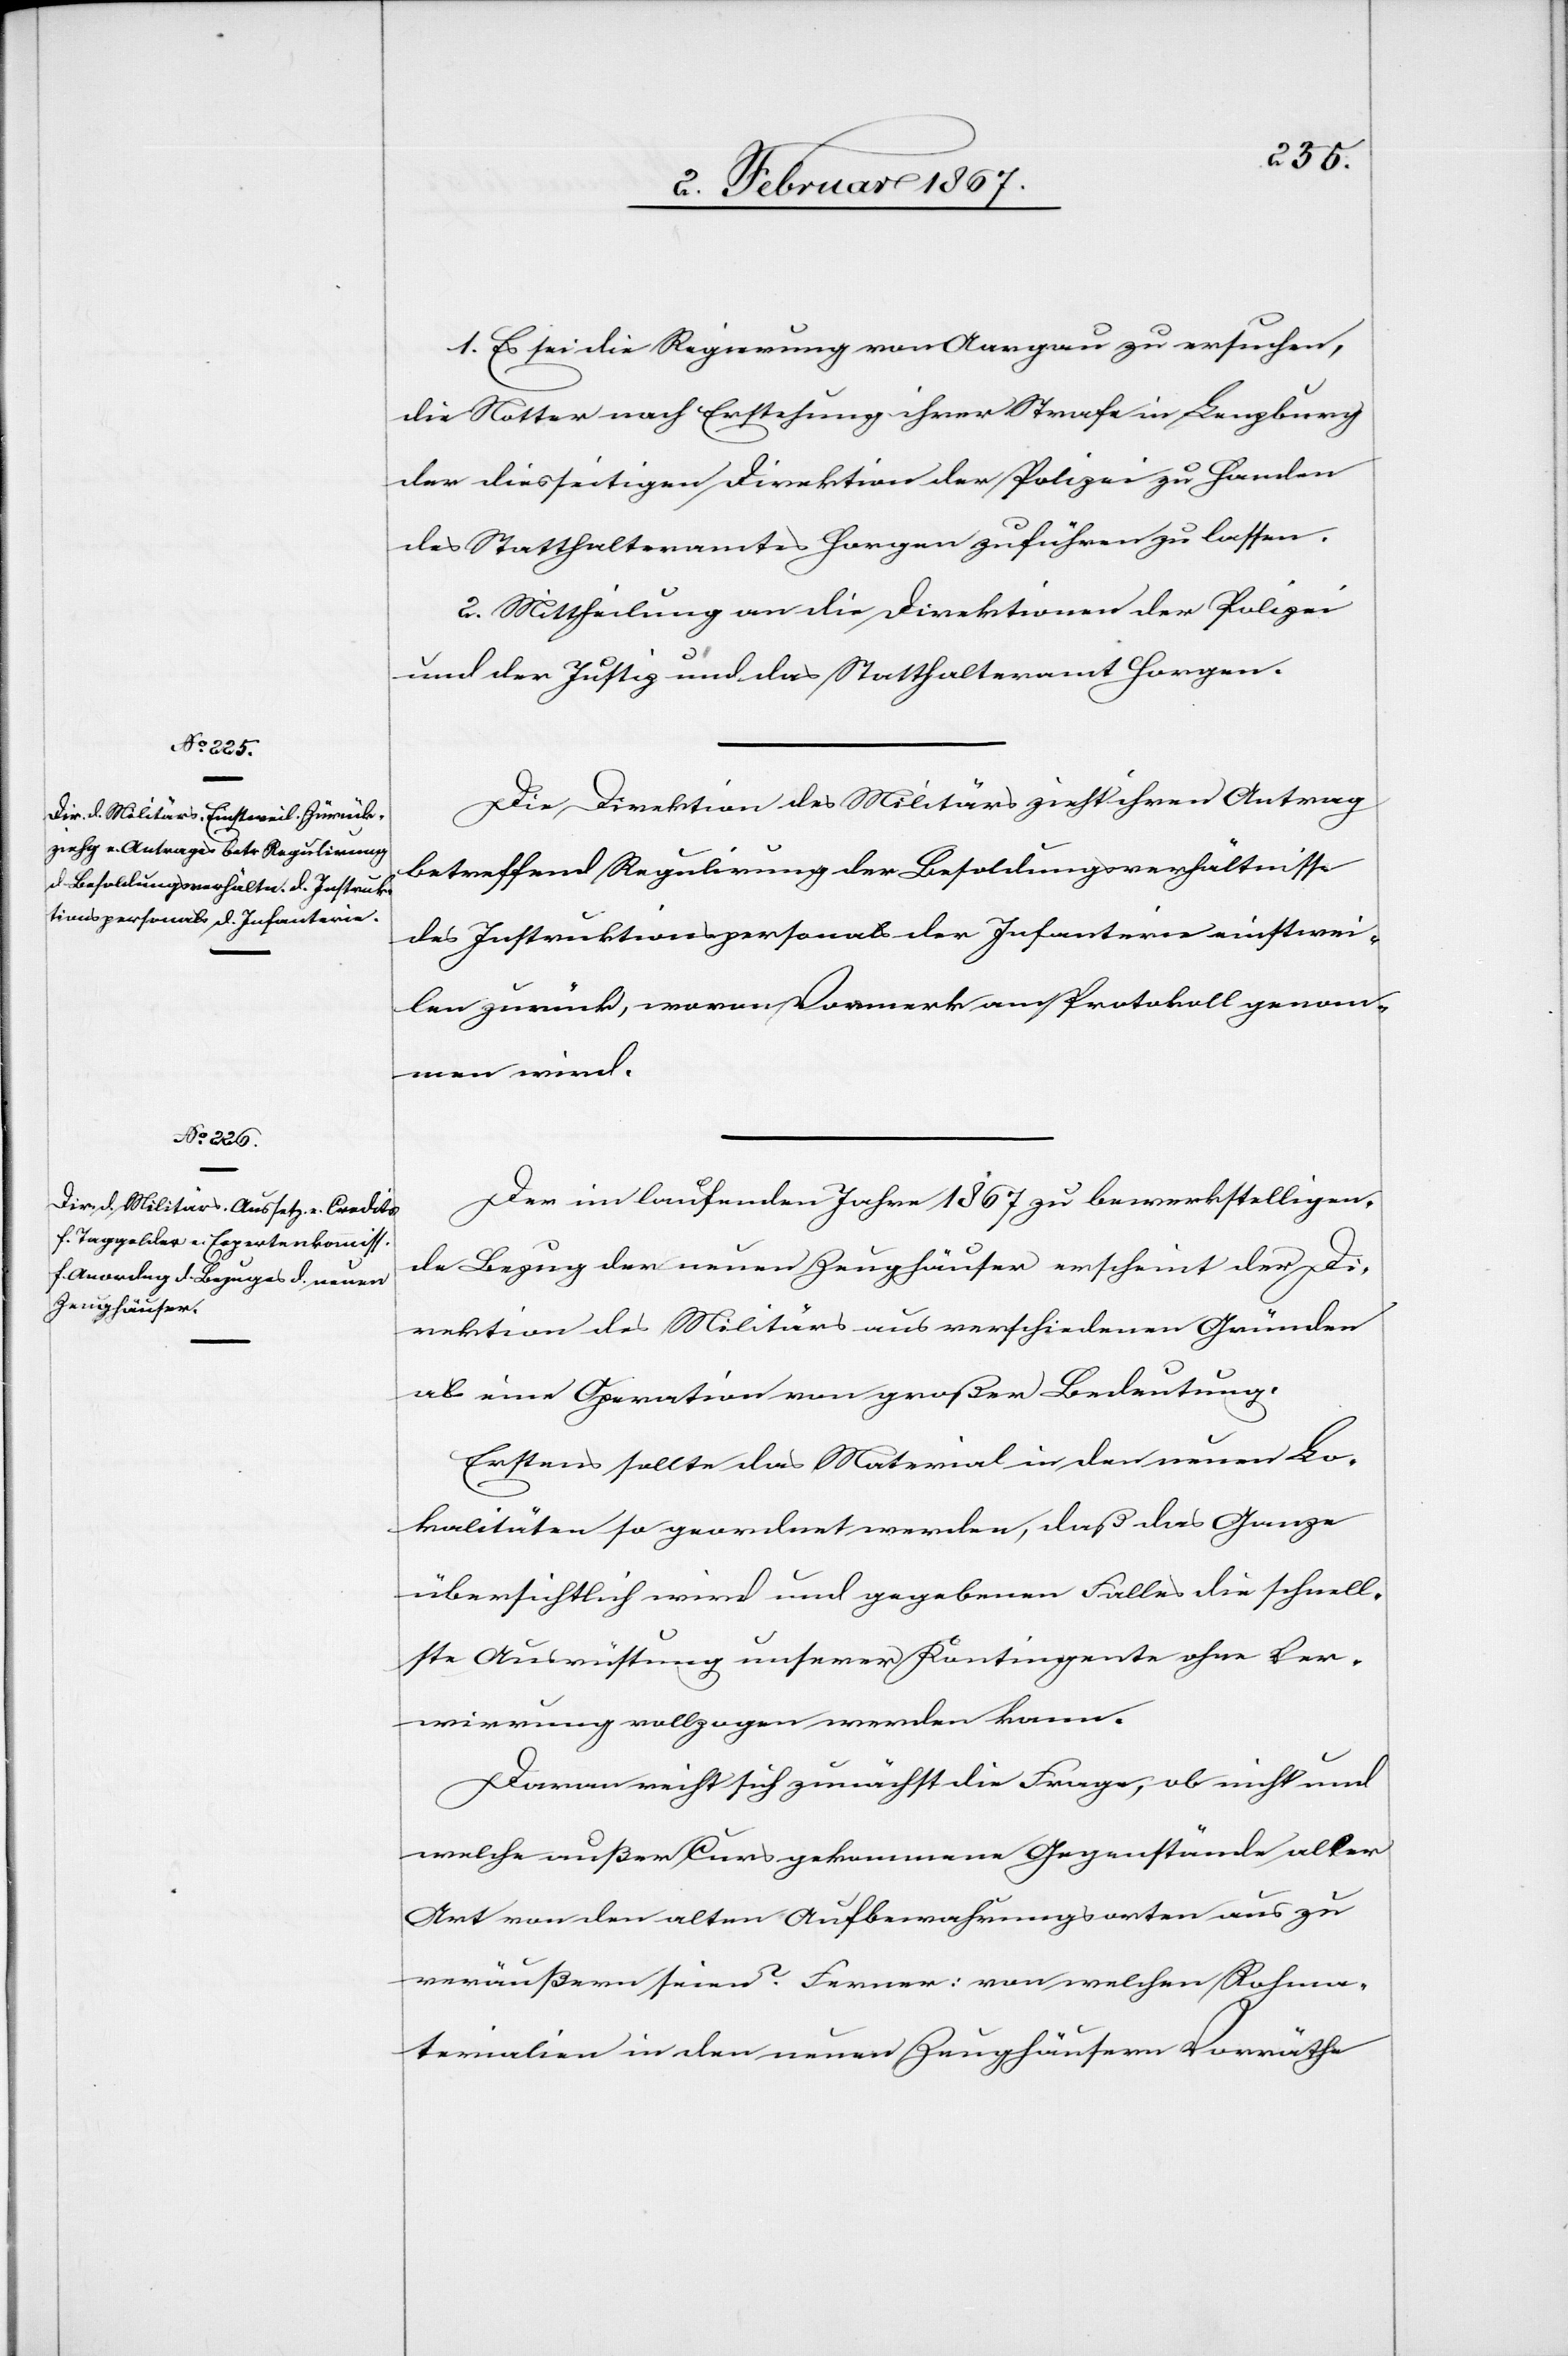
Die Direktion des Militärs zieht ihren Antrag
betreffend Regulierung der Besoldungsverhältnisse
des Instruktionspersonals der Infanterie einstwei¬
len zurück, wovon Vormerk am Protokoll genom¬
men wird.
Der im laufenden Jahr 1867 zu bewerkstelligen¬
de Bezug der neuen Zeughäuser erscheint der Di¬
rektion des Militärs aus verschiedenen Gründen
als eine Operation von großer Bedeutung.
Erstens sollte das Material in den neuen Lo¬
kalitäten so geordnet werden, daß das Ganze
übersichtlich wird und gegebenen Falles die schnell¬
ste Ausrüstung unserer Kontingente ohne Ver¬
wirrung vollzogen werden kann.
Daran reiht sich zunächst die Frage, ob nicht und
welche außer Curs gekommene Gegenstände aller
Art von den alten Aufbewahrungsorten aus zu
veräußern seien? Ferner: von welchen Rohma¬
terialien in den neuen Zeughäusern Vorräthe